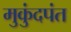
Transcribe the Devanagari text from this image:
मुकुंदपंत